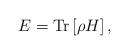
LaTeX: \begin{align*}E = \mathrm{Tr}\left[\rho H\right],\end{align*}